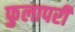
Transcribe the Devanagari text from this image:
फुलापरी